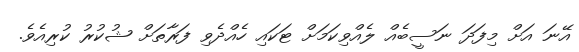
އޭނަ އަށް މިފަދަ ނަސީބެއް ލެއްވިކަމަށް ޓަކައި ހެއްދެވި ފަރާތަށް ޝުކުރު ކުރިއެވެ.